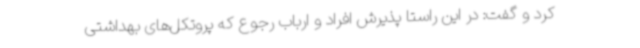
کرد و گفت: در این راستا پذیرش افراد و ارباب رجوع که پروتکل‌های بهداشتی